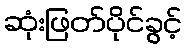
ဆုံးဖြတ်ပိုင်ခွင့်